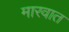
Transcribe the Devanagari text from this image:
मारवात